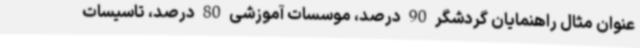
عنوان مثال راهنمایان گردشگر 90 درصد، موسسات آموزشی 80 درصد، تاسیسات